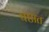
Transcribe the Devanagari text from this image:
षष्ठात